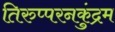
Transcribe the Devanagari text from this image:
तिरुप्परनकुंद्रम